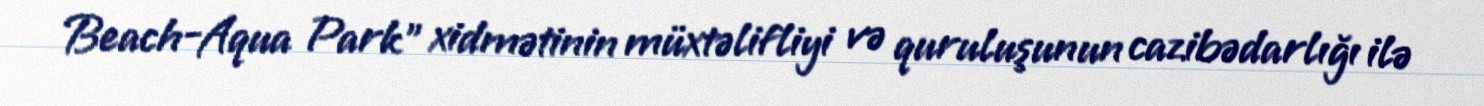
Beach-Aqua Park” xidmətinin müxtəlifliyi və quruluşunun cazibədarlığı ilə